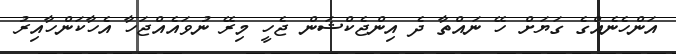
އަންހެނެއްގެ ގަޔަށް ހޭ ނައްތާ ދެ އިންޖެކްޝަން ޖެހީ މިރޭ ނުވައެއްޖަހާ އެހާކަންހާއިރު